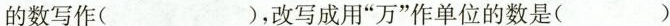
的数写作()，改写成用“万”作单位的数是()